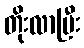
တိုးလာပြီး